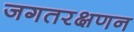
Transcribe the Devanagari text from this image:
जगतरक्षणन